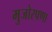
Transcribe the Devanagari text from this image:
मुजोरपणा